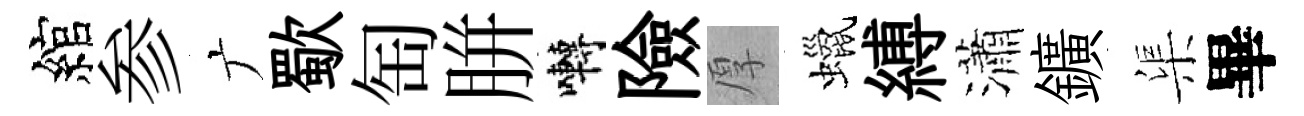
綰参广歜匋胼囀險厚蠟縛瀟鑛渠畢